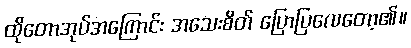
ထိုတောအုပ်အကြောင်း အသေးစိတ် ပြောပြလေတော့၏။